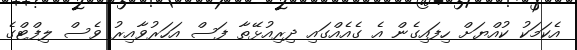
އެކަމަކު ކުއްޔަށް ހިފައިގެން އެ ގެއެއްގައި ދިރިއުޅޭތާ ފަސް އަހަރުވާއިރު ވެސް ލިފްޓްގެ